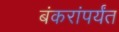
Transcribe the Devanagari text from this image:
बंकरांपर्यंत